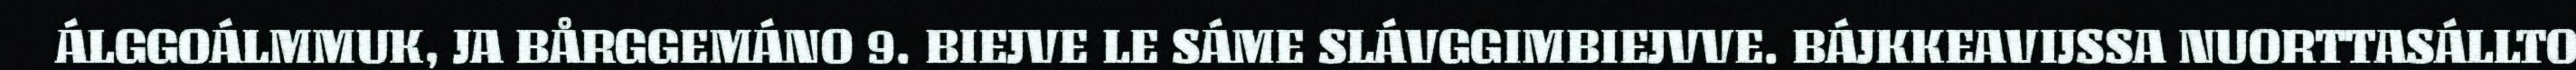
ÁLGGOÁLMMUK, JA BÅRGGEMÁNO 9. BIEJVE LE SÁME SLÁVGGIMBIEJVVE. BÁJKKEAVIJSSA NUORTTASÁLLTO